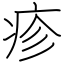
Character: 疹